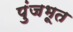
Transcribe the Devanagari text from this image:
पुंजभूत